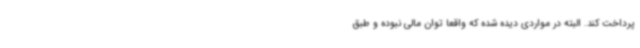
پرداخت کند. البته در مواردی دیده شده که واقعا توان مالی نبوده و طبق